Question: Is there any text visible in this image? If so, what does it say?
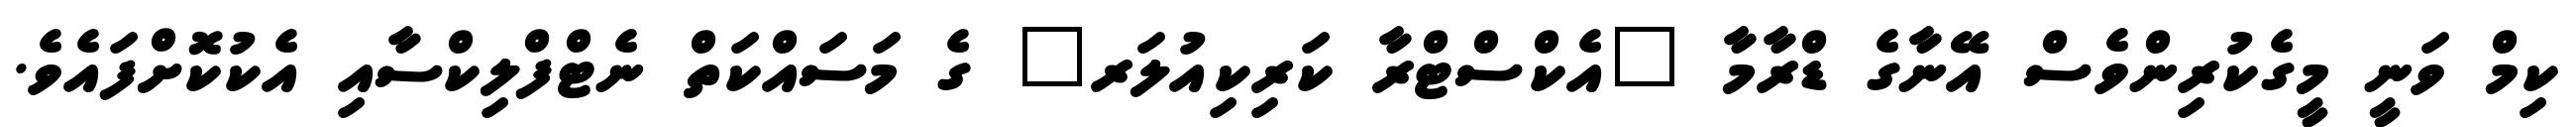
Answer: ކިމް ވަނީ މީގެކުރިންވެސް އޭނާގެ ޑްރާމާ "އެކްސްޓްރާ ކަރިކިއުލަރ" ގެ މަސައްކަތް ނެޓްފްލިކްސާއި އެކުކޮށްފައެވެ.